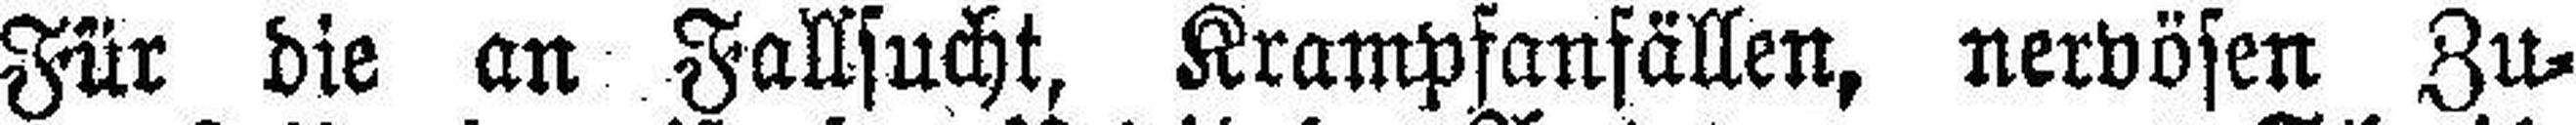
Für die an Fallsucht, Krampfanfällen, nervösen Zu¬